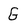
Character: G